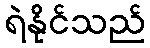
ရဲနိုင်သည်